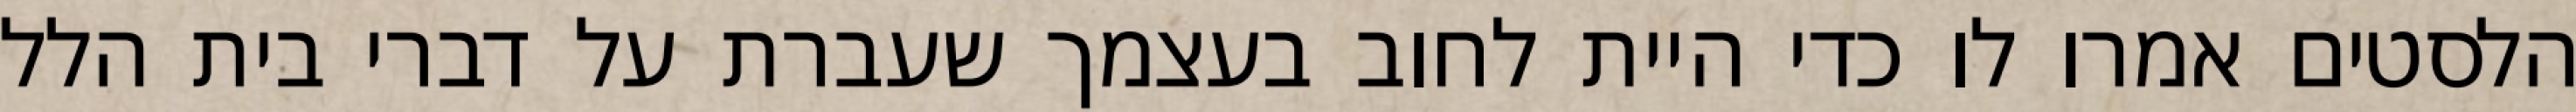
הלסטים אמרו לו כדי היית לחוב בעצמך שעברת על דברי בית הלל